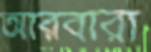
আরবারা